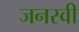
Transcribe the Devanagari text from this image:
जनस्वी